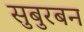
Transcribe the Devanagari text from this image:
सुबुरबन